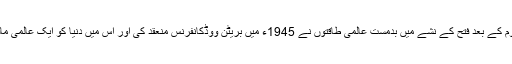
جنگ عظیم دوم کے بعد فتح کے نشے میں بدمست عالمی طاقتوں نے 1945ء میں بریٹن ووڈکانفرنس منعقد کی اور اس میں دنیا کو ایک عالمی مالیاتی نظام دیا۔